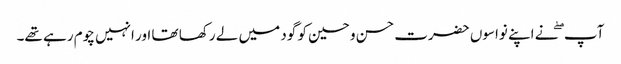
آپ ۖ نے اپنے نواسوں حضرت حسن و حسین کو گود میں لے رکھا تھا اور انہیں چوم رہے تھے۔